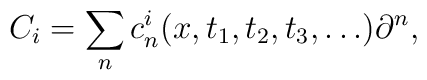
C_i =	\sum_n c_n^i(x, t_1, t_2, t_3, \dots)\partial^n,